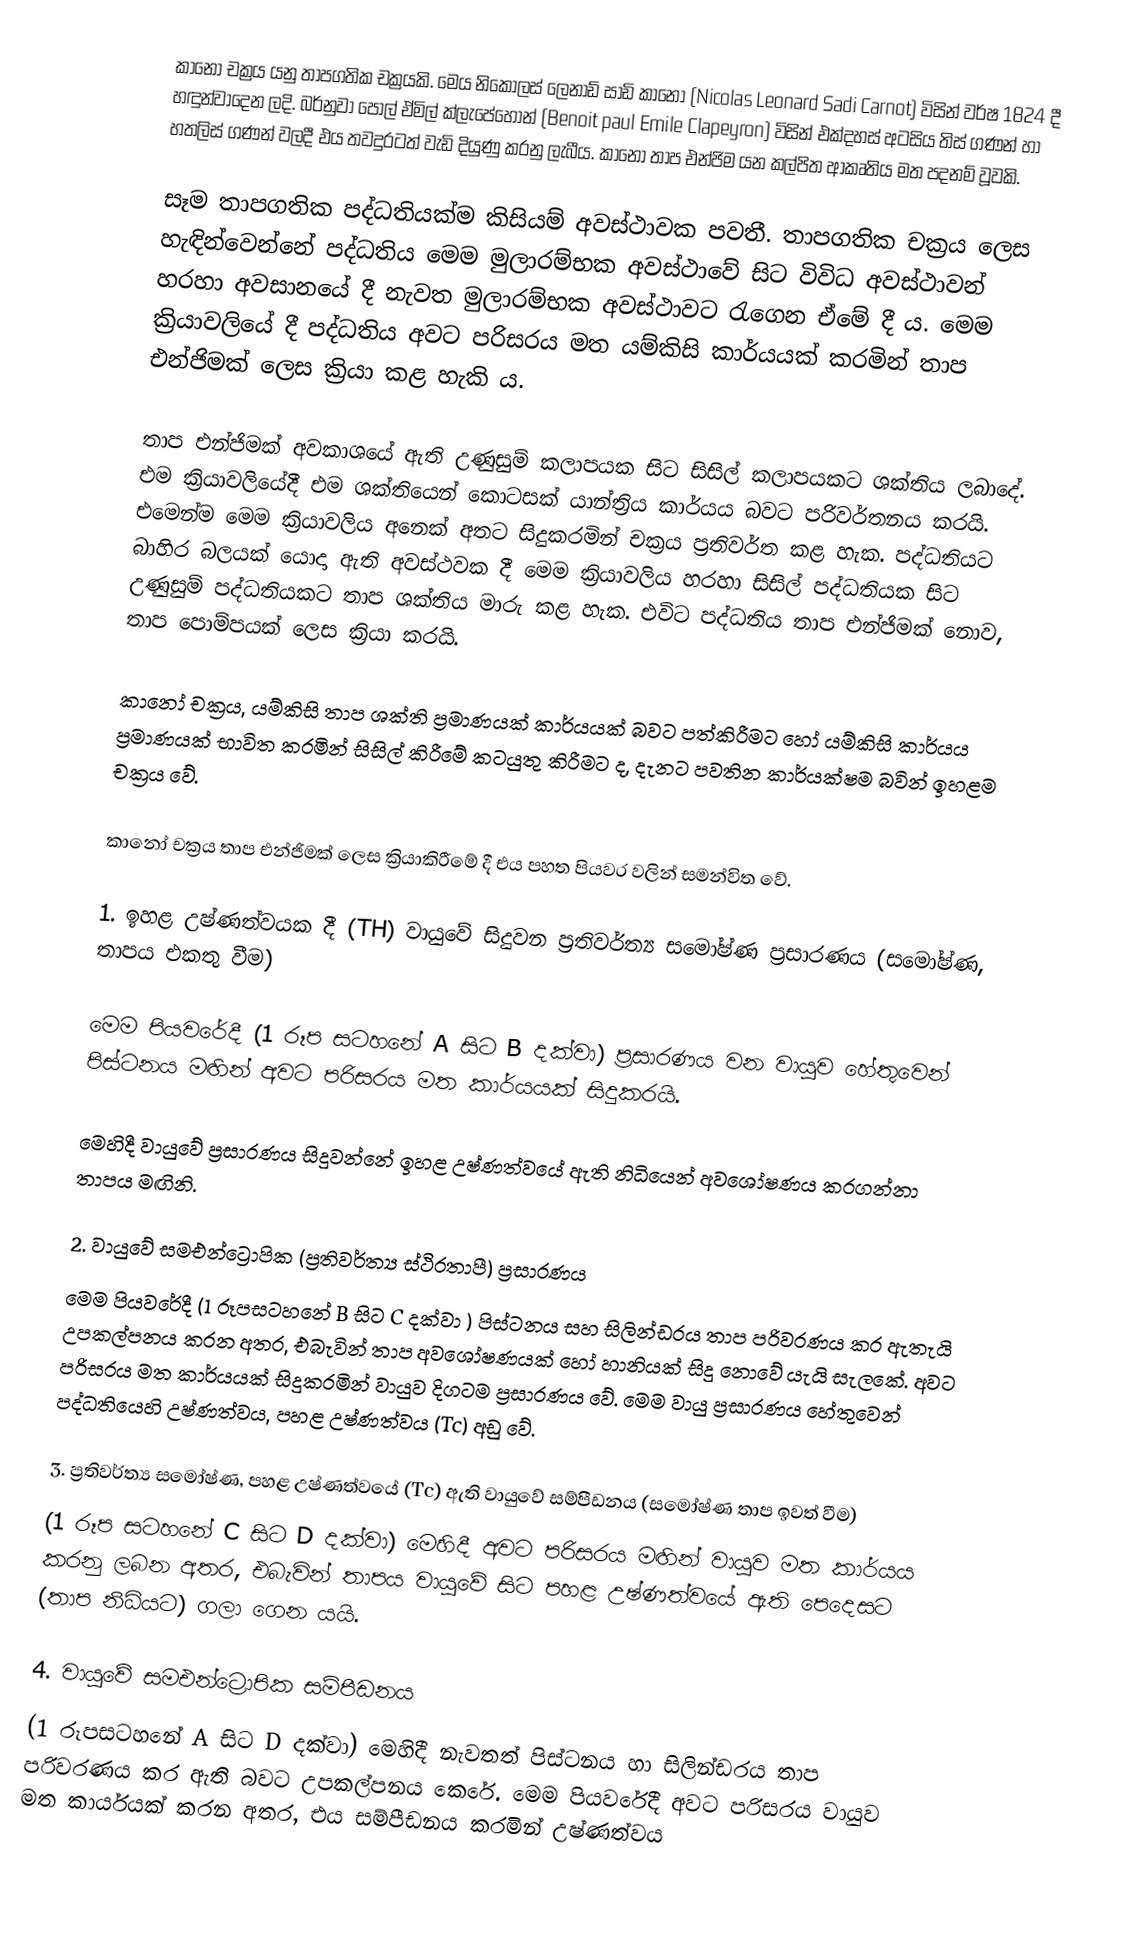
කානෝ චක්‍රය යනු තාපගතික චක්‍රයකි. මෙය නිකොලස් ලෙනාඩ් සාඩි කානෝ (Nicolas Leonard Sadi Carnot) විසින් වර්ෂ 1824 දී හඳුන්වාදෙන ලදි. බර්නුවා පෝල් ඒමිල් ක්ලැපේහොන් (Benoit paul Emile Clapeyron) විසින් එක්දහස් අටසිය තිස් ගණන් හා හතලිස් ගණන් වලදී එය තවදුරටත් වැඩි දියුණු කරනු ලැබීය. කා‍නෝ තාප එන්ජිම යන කල්පිත ආකෘතිය මත පදනම් වූවකි.

සෑම තාපගතික පද්ධතියක්ම කිසියම් අවස්ථාවක පවතී. තාපගතික චක්‍රය ලෙස හැඳින්වෙන්නේ පද්ධතිය මෙම මුලාරම්භක අවස්ථාවේ සිට විවිධ අවස්ථාවන් හරහා අවසානයේ දී නැවත මුලාරම්භක අවස්ථාවට රැගෙන  ඒමේ දී ය. මෙම ක්‍රියාවලියේ දී පද්ධතිය අවට පරිසරය මත යම්කිසි  කාර්යයක් කරමින් තාප එන්ජිමක් ලෙස ක්‍රියා කළ හැකි ය.

තාප එන්ජිමක් අවකාශයේ ඇති උණුසුම් කලාපයක සිට සිසිල් කලාපයකට ශක්තිය ලබාදේ. එම ක්‍රියාවලියේදී  එම ශක්තියෙන් කොටසක් යාන්ත්‍රිය කාර්යය බවට පරිවර්තනය කරයි. එමෙන්ම මෙම ක්‍රියාවලිය අනෙක් අතට සිදුකරමින් චක්‍රය ප්‍රතිවර්ත කළ හැක. පද්ධතියට බාහිර බලයක් යොදා ඇති අවස්ථවක දී මෙම ක්‍රියාවලිය හරහා සිසිල් පද්ධතියක සිට උණුසුම් පද්ධතියකට තාප ශක්තිය මාරු කළ හැක. එවිට පද්ධතිය තාප එන්ජිමක් නොව, තාප පොම්පයක් ලෙස ක්‍රියා කරයි.

කානෝ චක්‍රය, යම්කිසි තාප ශක්ති ප්‍රමාණයක් කාර්යයක් බවට පත්කිරීමට හෝ යම්කිසි කාර්යය ප්‍රමාණයක් භාවිත කරමින් සිසිල් කිරීමේ කටයුතු  කිරීමට ද, දැනට පවතින කාර්යක්ෂම බවින් ඉහළම චක්‍රය වේ.

කානෝ චක්‍රය තාප එන්ජිමක් ලෙස ක්‍රියාකිරීමේ දී එය පහත පියවර වලින් සමන්විත වේ.

1.	ඉහළ උෂ්ණත්වයක දී (TH) වායුවේ සිදුවන ප්‍රතිවර්ත්‍ය සමෝෂ්ණ ප්‍රසාරණය (සමෝෂ්ණ, තාපය එකතු වීම)

මෙම පියවරේදී (1 රූප සටහනේ A සිට B දක්වා) ප්‍රසාරණය වන වායුව හේතුවෙන් පිස්ටනය මඟින් අවට පරිසරය මත කාර්යයක් සිදුකරයි.

මෙහිදී වායුවේ ප්‍රසාරණය සිදුවන්නේ ඉහළ උෂ්ණත්වයේ ඇති නිධියෙන් අවශෝෂණය කරගන්නා තාපය මඟිනි.

2.	වායුවේ සමඑන්ට්‍රොපික (ප්‍රතිවර්ත්‍ය ස්ථිරතාපී) ප්‍රසාරණය
මෙම පියවරේදී (1 රූපසටහනේ B සිට C දක්වා ) පිස්ටනය සහ සිලින්ඩරය  තාප පරිවරණය කර ඇතැයි උපකල්පනය කරන අතර, එබැවින් තාප අව‍ශෝෂණයක් හෝ හානියක් සිදු නොවේ යැයි සැලකේ. අවට පරිසරය මත කාර්යයක් සිදුකරමින් වායුව දිගටම ප්‍රසාරණය වේ. මෙම වායු ප්‍රසාරණය ‍හේතුවෙන් පද්ධතියෙහි උෂ්ණත්වය, පහළ උෂ්ණත්වය (Tc) අඩු වේ.

3.	ප්‍රතිවර්ත්‍ය සමෝෂ්ණ, පහළ උෂ්ණත්වයේ (Tc) ඇති වායුවේ සම්පීඩනය (සමෝෂ්ණ තාප ඉවත් වීම)
(1 රූප සටහනේ C සිට  D දක්වා) මෙහිදී අවට පරිසරය මඟින් වායුව මත කාර්යය කරනු ලබන අතර, එබැවින් තාපය වායුවේ සිට පහළ උෂ්ණත්වයේ ඇති පෙදෙසට (තාප නිධියට) ගලා ගෙන යයි.

4.	වායුවේ සමඑන්ට්‍රොපික සම්පීඩනය
(1 රූපසටහනේ A සිට D දක්වා) මෙහිදී නැවතත් පිස්ටනය හා සිලින්ඩරය තාප පරිවරණය කර ඇති බවට උපකල්පනය කෙරේ. මෙම පියවරේදී අවට පරිසරය වායුව මත කාර්යයක් කරන අතර, එය සම්පීඩනය කරමින් උෂ්ණත්වය